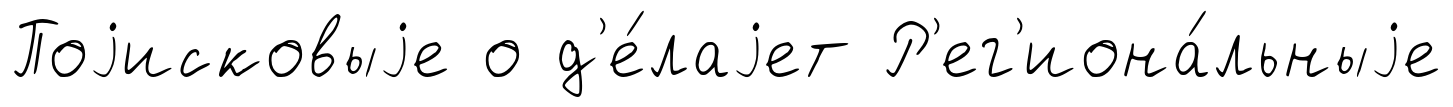
Поjисковыjе о д'е́лаjет Р'ег'иона́льныjе